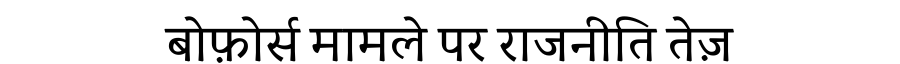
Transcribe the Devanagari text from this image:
बोफ़ोर्स मामले पर राजनीति तेज़